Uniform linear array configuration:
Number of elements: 12
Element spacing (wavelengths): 0.75
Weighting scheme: blackman
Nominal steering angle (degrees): -30
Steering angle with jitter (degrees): -31.04
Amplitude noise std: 0.05
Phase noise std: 0.05

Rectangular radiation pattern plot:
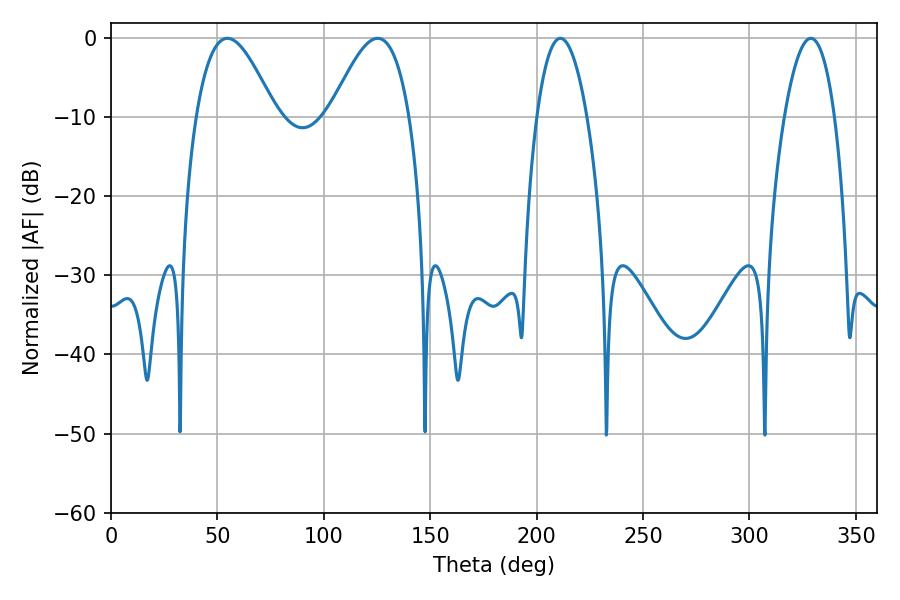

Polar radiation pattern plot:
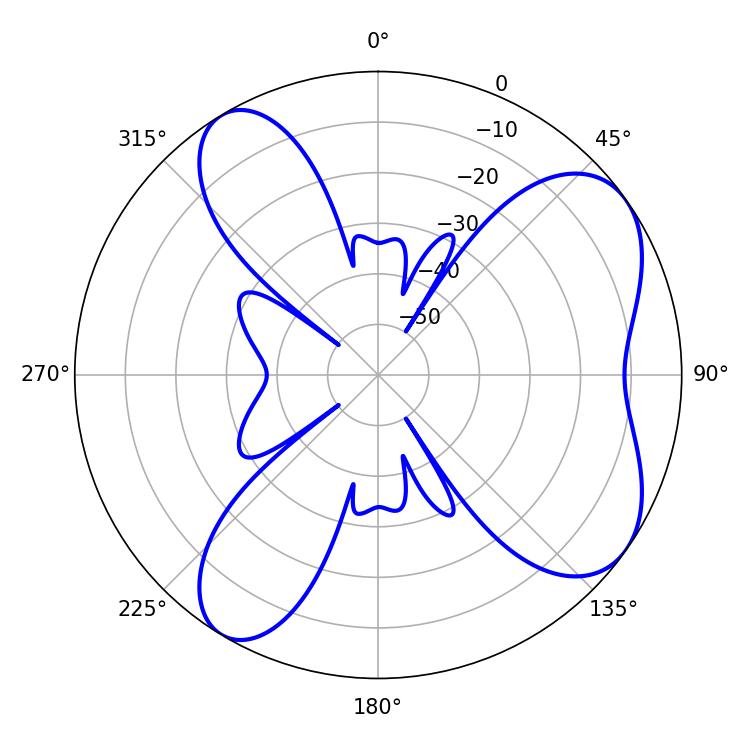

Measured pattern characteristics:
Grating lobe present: TRUE
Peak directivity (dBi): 6.904
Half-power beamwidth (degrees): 13.14
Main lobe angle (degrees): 211.14